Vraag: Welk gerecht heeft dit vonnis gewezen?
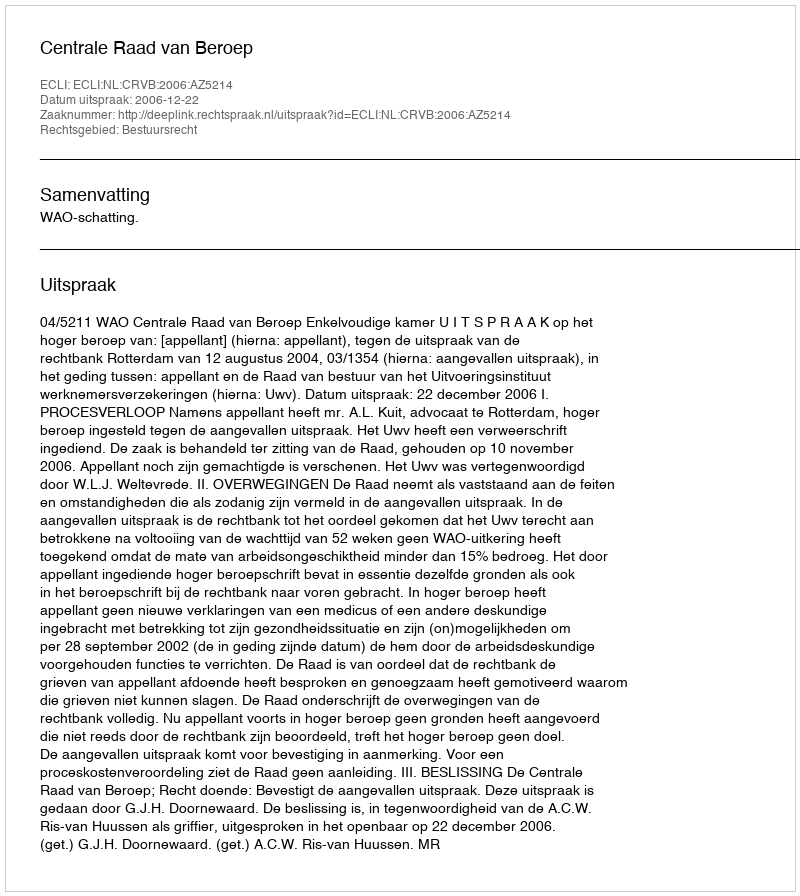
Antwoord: Centrale Raad van Beroep